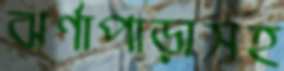
ঝর্ণাপাড়াসহ